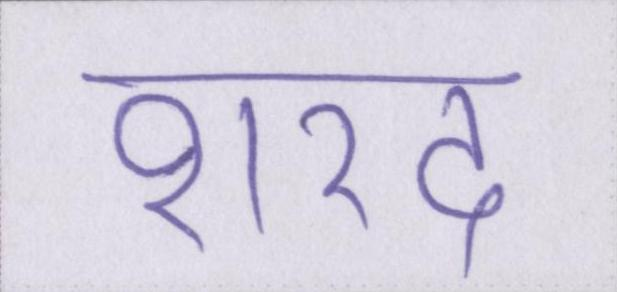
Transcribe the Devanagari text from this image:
शरद